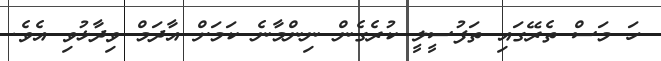
ހަ މަސް ތެރޭގައި ތަފުސީލީ ކުރެގެން ނިންމާނެ ކަމަށް އާދަމް ވިދާޅުވި އެވެ.